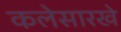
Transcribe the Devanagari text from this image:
कलेसारखे